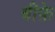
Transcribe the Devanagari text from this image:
बीफ़े